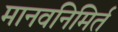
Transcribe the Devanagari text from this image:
मानवनिमिर्त